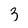
Character: 3